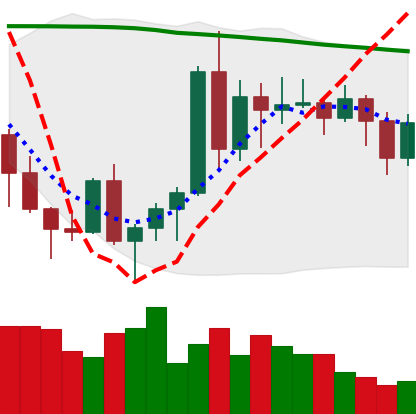
Ticker: ADA-USD
Chart end date: 2020-11-16
Forward return: 27.822%
Label: up_7plus